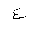
Letter: _ayn